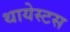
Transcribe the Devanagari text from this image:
थायेस्टस